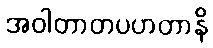
အဝါတာတပဟတာနိ